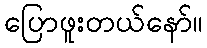
ပြောဖူးတယ်နော်။